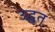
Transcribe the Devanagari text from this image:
उद्धृत्